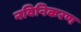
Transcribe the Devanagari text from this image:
नविनिकरण